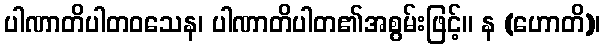
ပါဏာတိပါတဝသေန၊ ပါဏာတိပါတ၏အစွမ်းဖြင့်။ န (ဟောတိ)၊